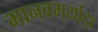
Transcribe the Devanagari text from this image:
मानवमर्यादा